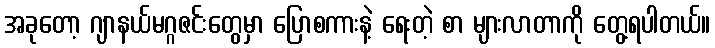
အခုတော့ ဂျာနယ်မဂ္ဂဇင်းတွေမှာ ပြောစကားနဲ့ ရေးတဲ့ စာ များလာတာကို တွေ့ရပါတယ်။